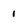
Character: 1